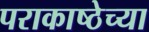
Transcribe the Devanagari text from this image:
पराकाष्ठेच्या